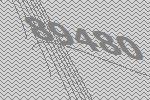
89480